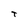
Character: t